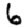
Digit: 6